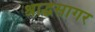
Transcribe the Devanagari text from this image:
श्राद्धसागर